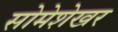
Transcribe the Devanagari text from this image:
सोमेशेखर